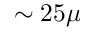
\sim 2 5 \mu